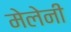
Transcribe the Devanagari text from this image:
मेलेनी